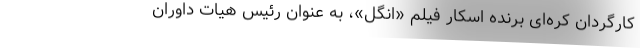
کارگردان کره‌ای برنده اسکار فیلم «انگل»، به عنوان رئیس هیات داوران